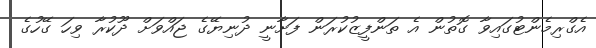
އެގްރިމެންޓުގައިވާ ގޮތުން އެ ތަންފީޒުކުރަން ފަށާނީ ދުނިޔޭގެ ޖައްވަށް ދޫކުރާ ވިހަ ގޭހުގެ